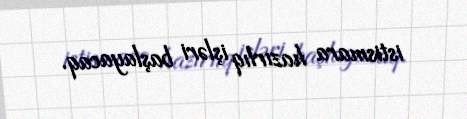
istismara hazırlıq işləri başlayacaq.